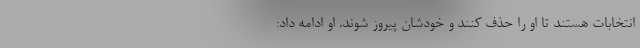
انتخابات هستند تا او را حذف کنند و خودشان پیروز شوند. او ادامه داد: